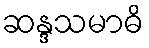
ဆန္ဒသမာဓိ